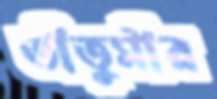
তীতুমীর